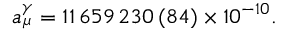
a _ { \mu } ^ { \gamma } = 1 1 \, 6 5 9 \, 2 3 0 \, ( 8 4 ) \times 1 0 ^ { - 1 0 } .